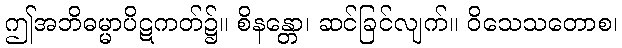
ဤအဘိဓမ္မာပိဋကတ်၌။ စိနန္တော၊ ဆင်ခြင်လျက်။ ဝိသေသတောစ၊